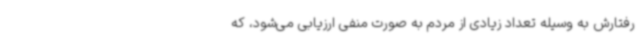
رفتارش به وسیله تعداد زیادی از مردم به صورت منفی ارزیابی می‌شود، که